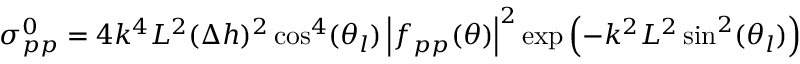
\sigma _ { p p } ^ { 0 } = 4 k ^ { 4 } L ^ { 2 } ( \Delta h ) ^ { 2 } \cos ^ { 4 } ( \theta _ { l } ) \left| f _ { p p } ( \theta ) \right| ^ { 2 } \exp \left( - k ^ { 2 } L ^ { 2 } \sin ^ { 2 } ( \theta _ { l } ) \right)